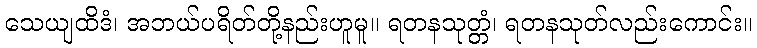
သေယျထိဒံ၊ အဘယ်ပရိတ်တို့နည်းဟူမူ။ ရတနသုတ္တံ၊ ရတနသုတ်လည်းကောင်း။